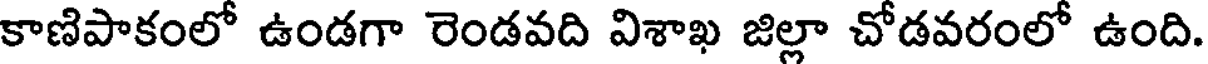
కాణిపాకంలో ఉండగా రెండవది విశాఖ జిల్లా చోడవరంలో ఉంది.